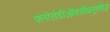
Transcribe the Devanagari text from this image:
फ्लोरोडीऑक्सीग्लूकोज़